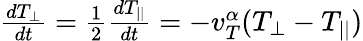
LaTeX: \begin{array}{r}{\frac{dT_{\perp}}{dt}=\frac{1}{2}\frac{dT_{||}}{dt}=-v_{T}^{\alpha}(T_{\perp}-T_{||})}\end{array}